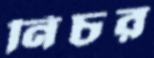
নিচর